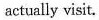
actually visit.